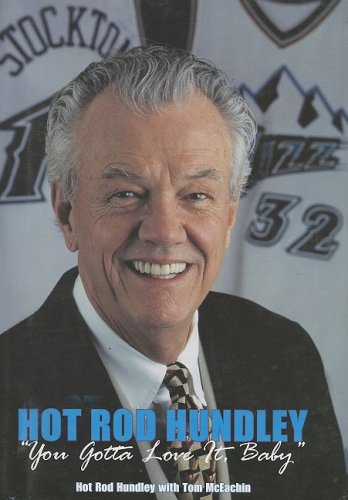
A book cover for Hot Rod Hundley: You Gotta Love It Baby!; Rod Hundley; Sports & Outdoors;